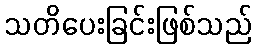
သတိပေးခြင်းဖြစ်သည်